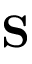
\mathbf { S }